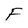
Character: F